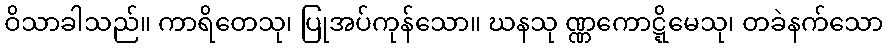
ဝိသာခါသည်။ ကာရိတေသု၊ ပြုအပ်ကုန်သော။ ဃနသု ဏ္ဏကောဋ္ဋိမေသု၊ တခဲနက်သော